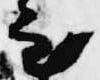
至